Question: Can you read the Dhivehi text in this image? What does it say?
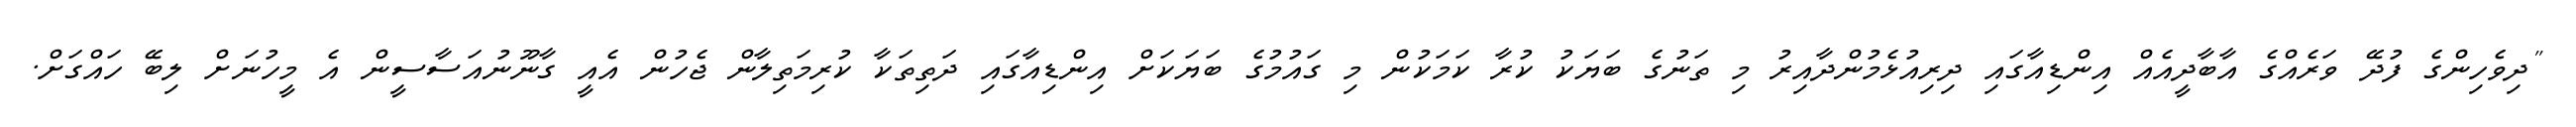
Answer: "ދިވެހިންގެ ފުދޭ ވަރެއްގެ އާބާދީއެއް އިންޑިއާގައި ދިރިއުޅެމުންދާއިރު މި ތަނުގެ ބަޔަކު ކުރާ ކަމަކުން މި ގައުމުގެ ބަޔަކަށް އިންޑިއާގައި ދަތިތަކާ ކުރިމަތިލާން ޖެހުން އެއީ ގާނޫނުއަސާސީން އެ މީހުނަށް ލިބޭ ހައްގަށް.